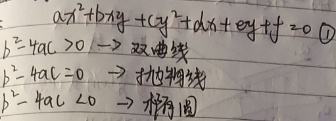
对于方程 \(ax^{2}+bxy + cy^{2}+dx + ey + f = 0\quad\textcircled{1}\)：
当 \(b^{2}-4ac>0\) 时，该方程表示双曲线；
当 \(b^{2}-4ac = 0\) 时，该方程表示抛物线；
当 \(b^{2}-4ac<0\) 时，该方程表示椭圆。